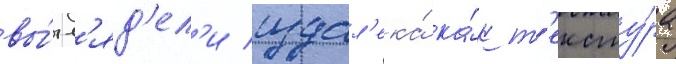
вы́гл'яд'ел'и издал'ека́ ка́к т'ексту́ра